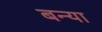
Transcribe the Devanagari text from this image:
बन्या